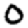
Digit: 0